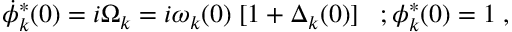
\dot { \phi } _ { k } ^ { * } ( 0 ) = i \Omega _ { k } = i \omega _ { k } ( 0 ) \; [ 1 + \Delta _ { k } ( 0 ) ] \; \; \; ; \phi _ { k } ^ { * } ( 0 ) = 1 \; ,